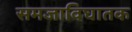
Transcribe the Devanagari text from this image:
समजाविघातक